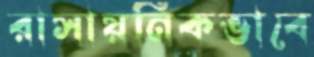
রাসায়নিকভাবে